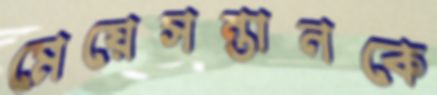
মেয়েসন্তানকে